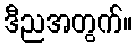
ဒီညအတွက်။